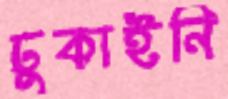
ঢুকাইনি